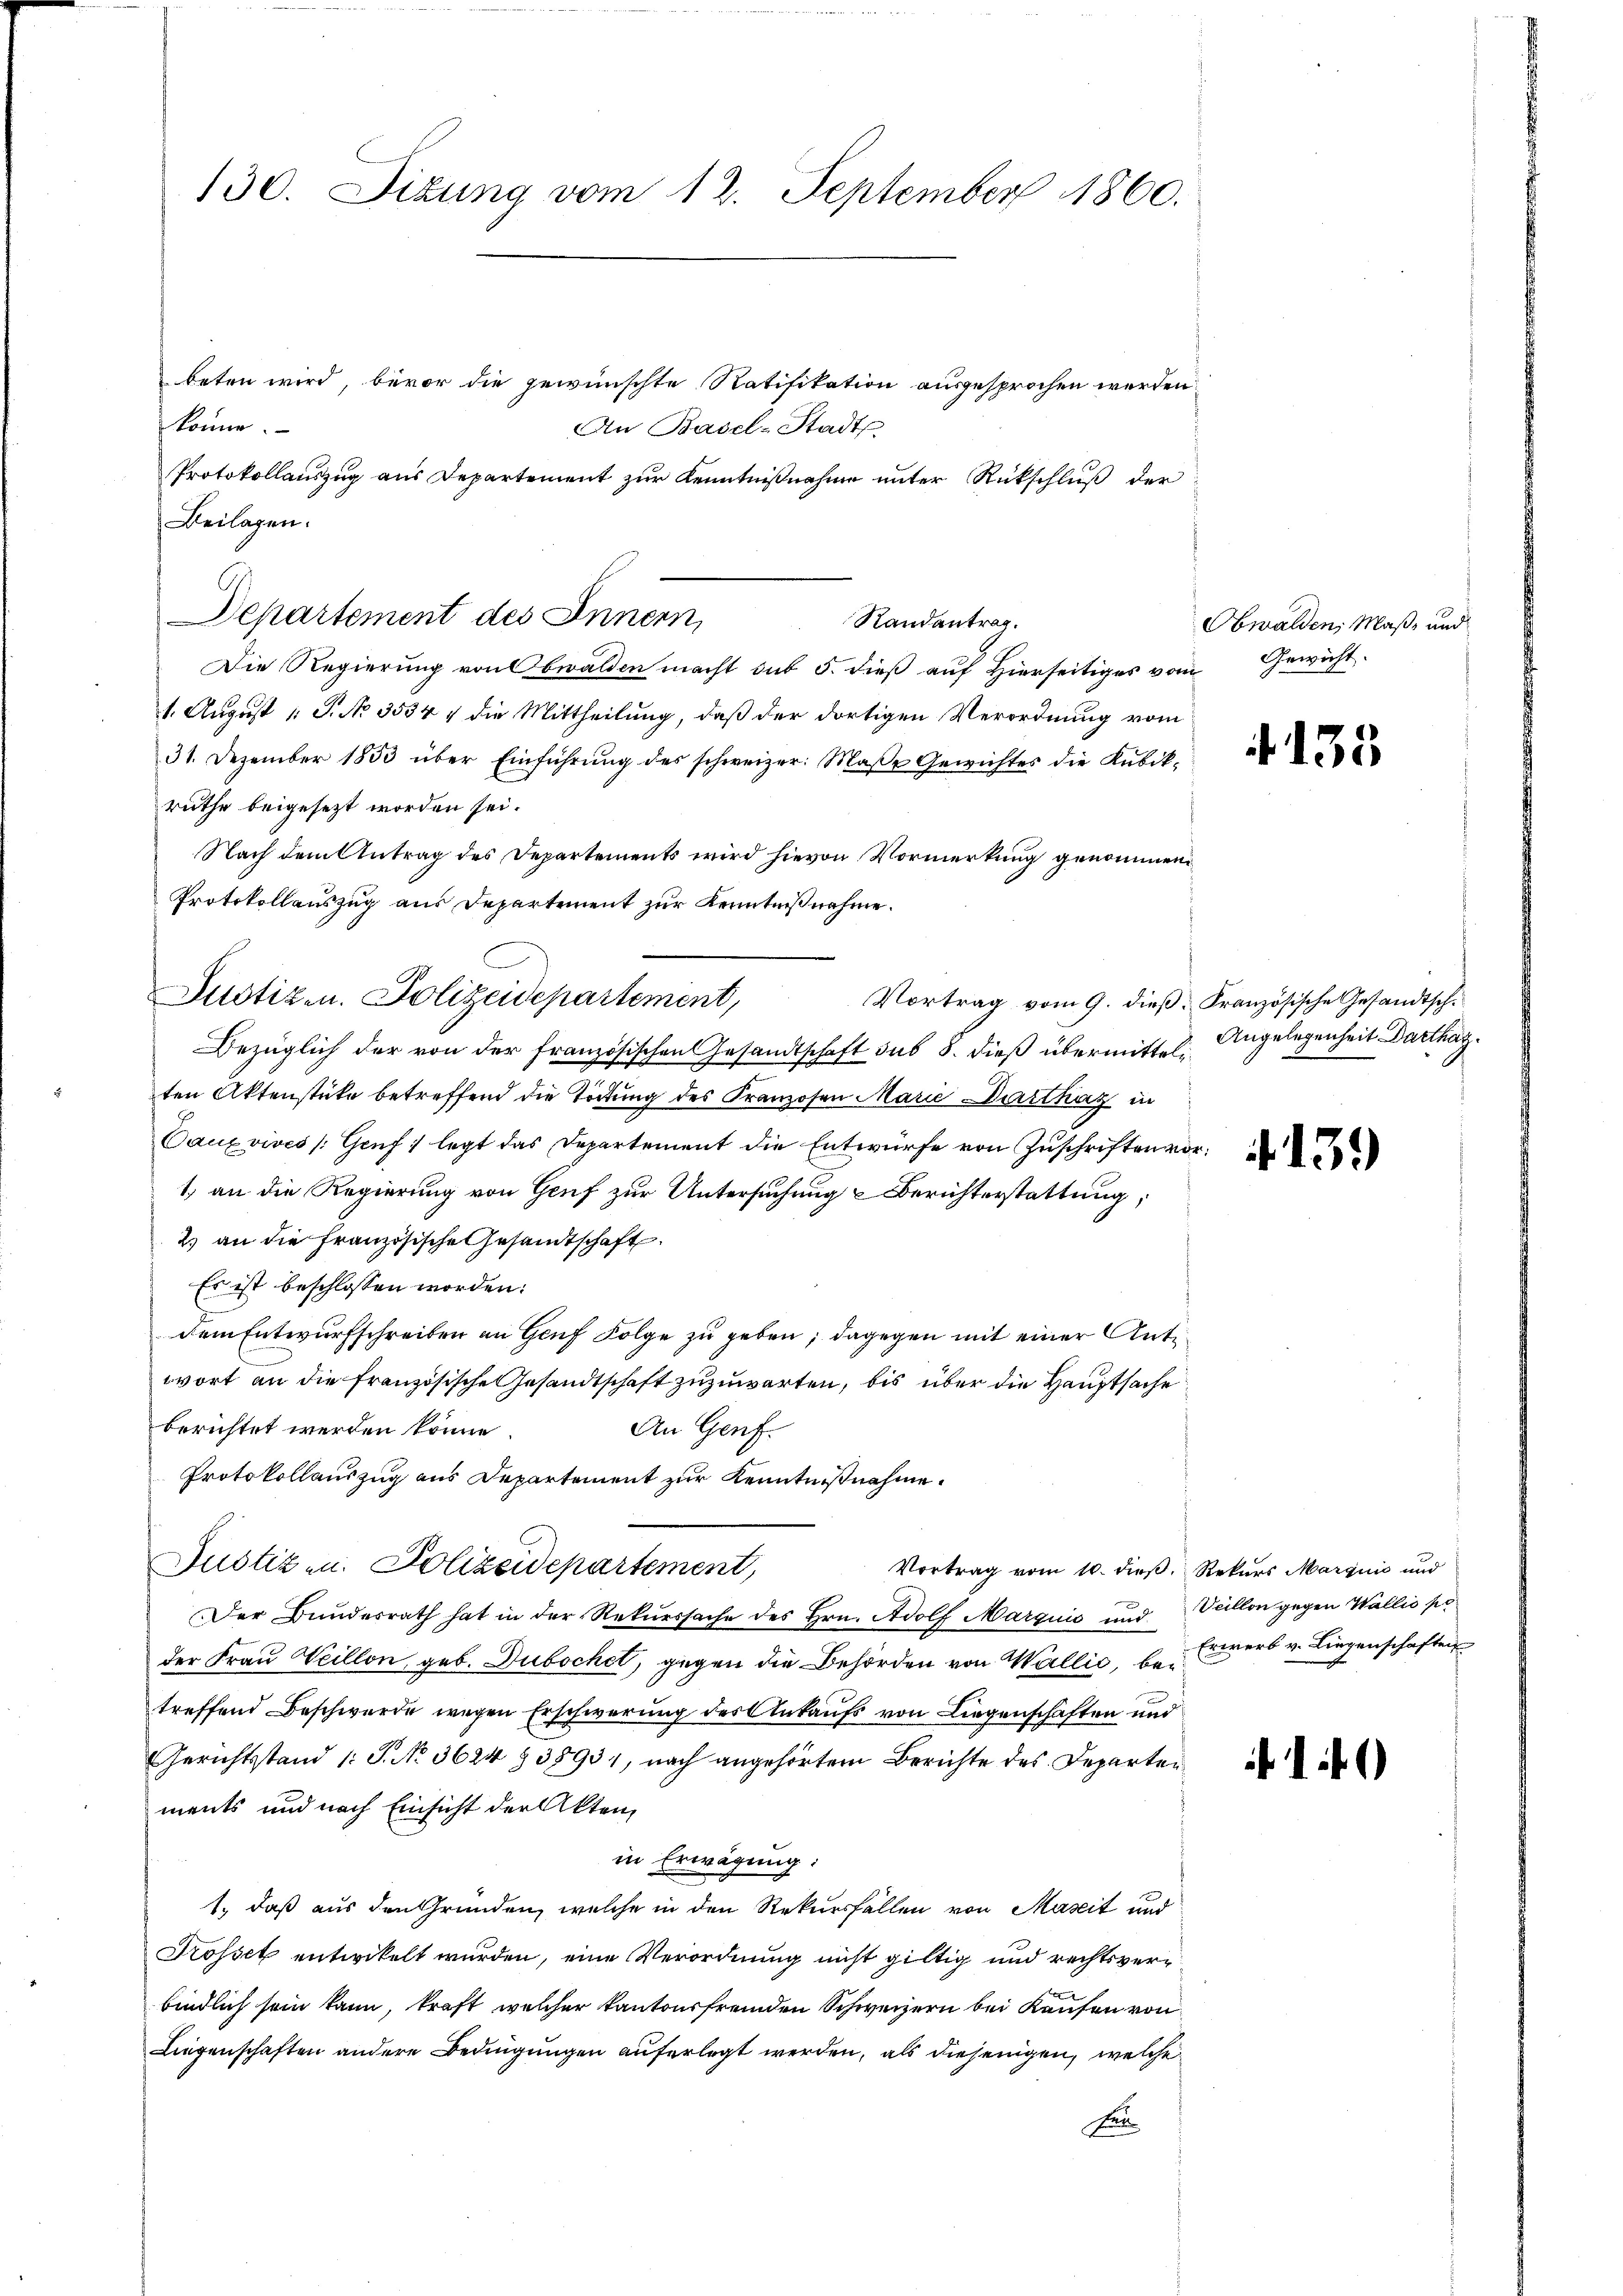
beten wird, bevor die gewünschte Ratifikation ausgesprochen werden.
könne.
An Basel-Stadts.
Protokollauszug aus Departement zur Kenntnißnahme unter Rückschluß der
Die Regierung von Obwalden macht sub 5. dieß auf Hierseitiges vom Gewicht.
1. August 1 P. No 3534 v die Mittheilung, daß der dortigen Verordnung vom
31. Dezember 1833 über Einführŭng des schweizer. Maβe Gewichtes die Kubik-
ruthe beigesezt worden sei.
Nach dem Antrag des Departements wird hievon Vormerkung genommen
Protokollauszug aus Departement zur Kenntnißnahme.
Bezüglich der von der französischen Gesandtschaft sub 8. dieß übermittel Angelegenheit Darthagten Aktenstüke betreffend die Tödtung des Franzosen Marie Darthat in
Dauxvives (Genf, legt das Departement die Entwürfe von Zuschriften vor
1. an die Regierung von Genf zur Untersuchung & Berichterstattung;
2) an die französische Gesandtschaft.
Es ist beschlossen worden:
dem Entwurfschreiben an Genf Folge zu geben; dagegen mit einer Antiwort an die französische Gesandtschaft zuzuwarten, bis über die Hauptsache
berichtet werden könne
An Genf.
Protokollauszug aus Departement zur Kenntnißnahme.
Justiz u. Polizeidepartement,
Vortrag vom 10. dieß. Rekurs Marquić und
Der Bundesrath hat in der Rekurssache des Hrn. Adolf Marquis und Veillon gegen Wallis po
der Frau Weillon geb. Dubochet, gegen die Behörden von Wallis, bei Erwerb v. Liegenschaften
treffend Beschwerde wegen Erschwerung des Ankaufs von Liegenschaften und
Gerichtsstand /: J. No. 3624 § 38931, nach angehörtem Berichte des Departen
ments und nach Einsicht der Akten,
in Erwägung:
1., daß aus den Gründen, welche in den Rekursfällen von Maseit und
Trosset entwickelt wurden, eine Verordnung nicht giltig und rechtsverbindlich sein kann, kraft welcher kantonsfremden Schweizern bei Kaufen von
Liegenschaften andere Bedingungen auferlegt werden, als diejenigen, welche
heten

130. Sizung vom 12. September 1860.

Beilagen.
Departement des Innern,

Justiz- u. Polizeidepartement,

Randantrag.

Obwalden, Maß- und

Vortrag vom 9. dieß. Französische Gesandtsch¬

135

1)